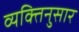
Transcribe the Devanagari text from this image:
व्यक्तिनुसार